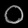
Digit: ၀